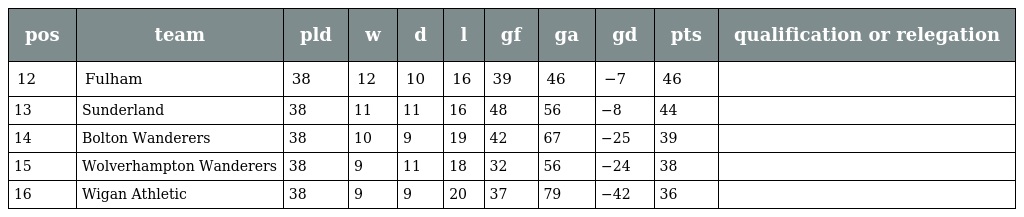
| pos | team | pld | w | d | l | gf | ga | gd | pts | qualification or relegation |
 | --- | --- | --- | --- | --- | --- | --- | --- | --- | --- | --- |
 | 12 | Fulham | 38 | 12 | 10 | 16 | 39 | 46 | −7 | 46 |  |
 | 13 | Sunderland | 38 | 11 | 11 | 16 | 48 | 56 | −8 | 44 |  |
 | 14 | Bolton Wanderers | 38 | 10 | 9 | 19 | 42 | 67 | −25 | 39 |  |
 | 15 | Wolverhampton Wanderers | 38 | 9 | 11 | 18 | 32 | 56 | −24 | 38 |  |
 | 16 | Wigan Athletic | 38 | 9 | 9 | 20 | 37 | 79 | −42 | 36 |  |